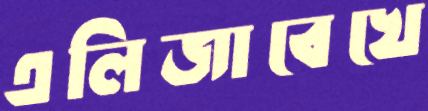
এলিজাবেখে